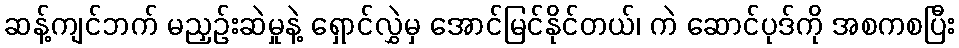
ဆန့်ကျင်ဘက် မညှဉ်းဆဲမှုနဲ့ ရှောင်လွှဲမှ အောင်မြင်နိုင်တယ်၊ ကဲ ဆောင်ပုဒ်ကို အစကစပြီး